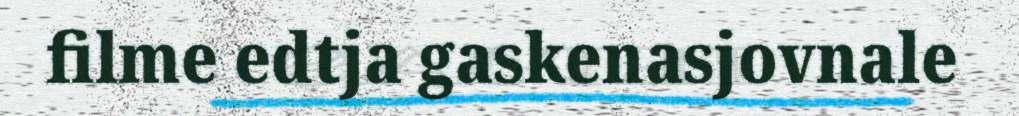
filme edtja gaskenasjovnale